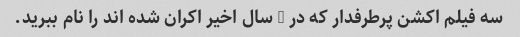
سه فیلم اکشن پرطرفدار که در 5 سال اخیر اکران شده اند را نام ببرید.